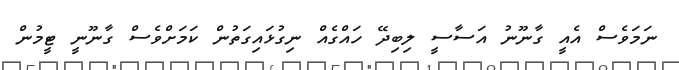
ނަމަވެސް އެއީ ގާނޫނު އަސާސީ ލިބިދޭ ހައްގެއް ނިގުޅައިގަތުން ކަމަށްވެސް ގާނޫނީ ޓީމުން